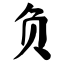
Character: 负